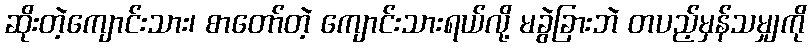
ဆိုးတဲ့ကျောင်းသား၊ စာတော်တဲ့ ကျောင်းသားရယ်လို့ မခွဲခြားဘဲ တပည့်မှန်သမျှကို